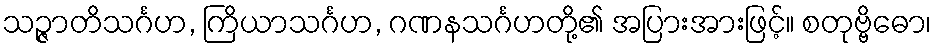
သဉ္ဇာတိသင်္ဂဟ, ကြိယာသင်္ဂဟ, ဂဏနသင်္ဂဟတို့၏ အပြားအားဖြင့်။ စတုဗ္ဗိဓော၊